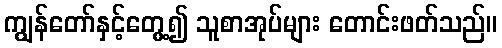
ကျွန်တော်နှင့်တွေ့၍ သူစာအုပ်များ တောင်းဖတ်သည်။